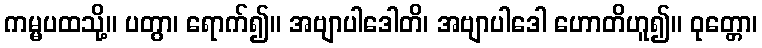
ကမ္မပထသို့။ ပတွာ၊ ရောက်၍။ အဗျာပါဒေါတိ၊ အဗျာပါဒေါ ဟောတိဟူ၍။ ဝုတ္တော၊